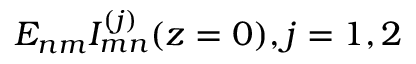
E _ { n m } I _ { m n } ^ { ( j ) } ( z = 0 ) , j = 1 , 2